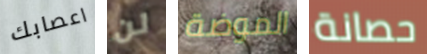
اعصابك لن الموضة حصانة